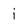
Character: i